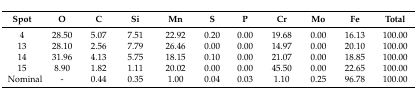
<table><thead><tr><td><b>Spot </b></td><td><b>O</b></td><td><b>C</b></td><td><b>Si</b></td><td><b>Mn</b></td><td><b>S</b></td><td><b>P</b></td><td><b>Cr</b></td><td><b>Mo</b></td><td><b>Fe</b></td><td><b>Total</b></td></tr></thead><tbody><tr><td>4</td><td>28.50</td><td>5.07</td><td>7.51</td><td>22.92</td><td>0.20</td><td>0.00</td><td>19.68</td><td>0.00</td><td>16.13</td><td>100.00</td></tr><tr><td>13</td><td>28.10</td><td>2.56</td><td>7.79</td><td>26.46</td><td>0.00</td><td>0.00</td><td>14.97</td><td>0.00</td><td>20.10</td><td>100.00</td></tr><tr><td>14</td><td>31.96</td><td>4.13</td><td>5.75</td><td>18.15</td><td>0.10</td><td>0.00</td><td>21.07</td><td>0.00</td><td>18.85</td><td>100.00</td></tr><tr><td>15</td><td>8.90</td><td>1.82</td><td>1.11</td><td>20.02</td><td>0.00</td><td>0.00</td><td>45.50</td><td>0.00</td><td>22.65</td><td>100.00</td></tr><tr><td>Nominal</td><td>-</td><td>0.44</td><td>0.35</td><td>1.00</td><td>0.04</td><td>0.03</td><td>1.10</td><td>0.25</td><td>96.78</td><td>100.00</td></tr></tbody></table>